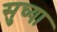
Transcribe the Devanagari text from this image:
सुच्या